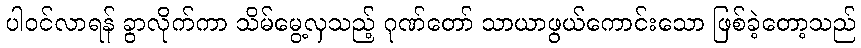
ပါဝင်လာရန် ခွာလိုက်ကာ သိမ်မွေ့လှသည့် ဂုဏ်တော် သာယာဖွယ်ကောင်းသော ဖြစ်ခဲ့တော့သည်